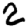
Digit: 2